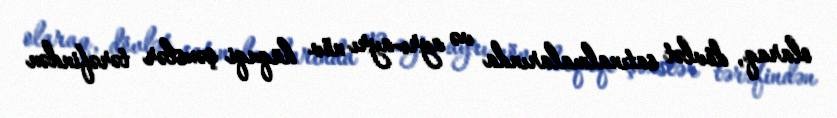
olaraq, dövlət satınalmalarında və ayrı-ayrı növ hüquqi şəxslər tərəfindən